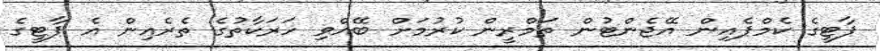
ޕާޓީގެ ކެމްޕެއިން އޭޖެންޓުން ތަމްރީން ކުރުމަށް ބޭއްވި ހަރަކާތުގެ ތެރެއިން އެ ޕާޓީގެ